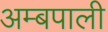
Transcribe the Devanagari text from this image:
अम्बपाली